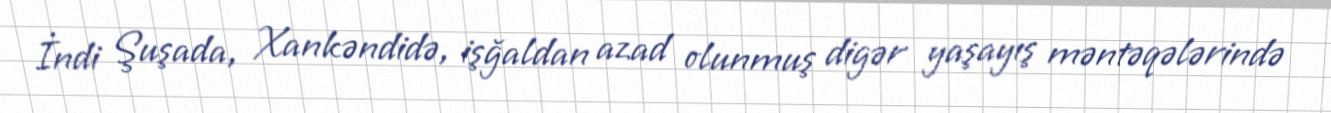
İndi Şuşada, Xankəndidə, işğaldan azad olunmuş digər yaşayış məntəqələrində